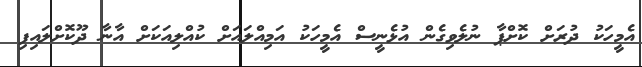
އެމީހަކު ދުރަށް ކޮށްޕާ ނުލެވިގެން އުޅެނީސް އެމީހަކު އަމިއްލައަށް ކުއްލިއަކަށް އާނާ ދޫކޮށްލައިފި